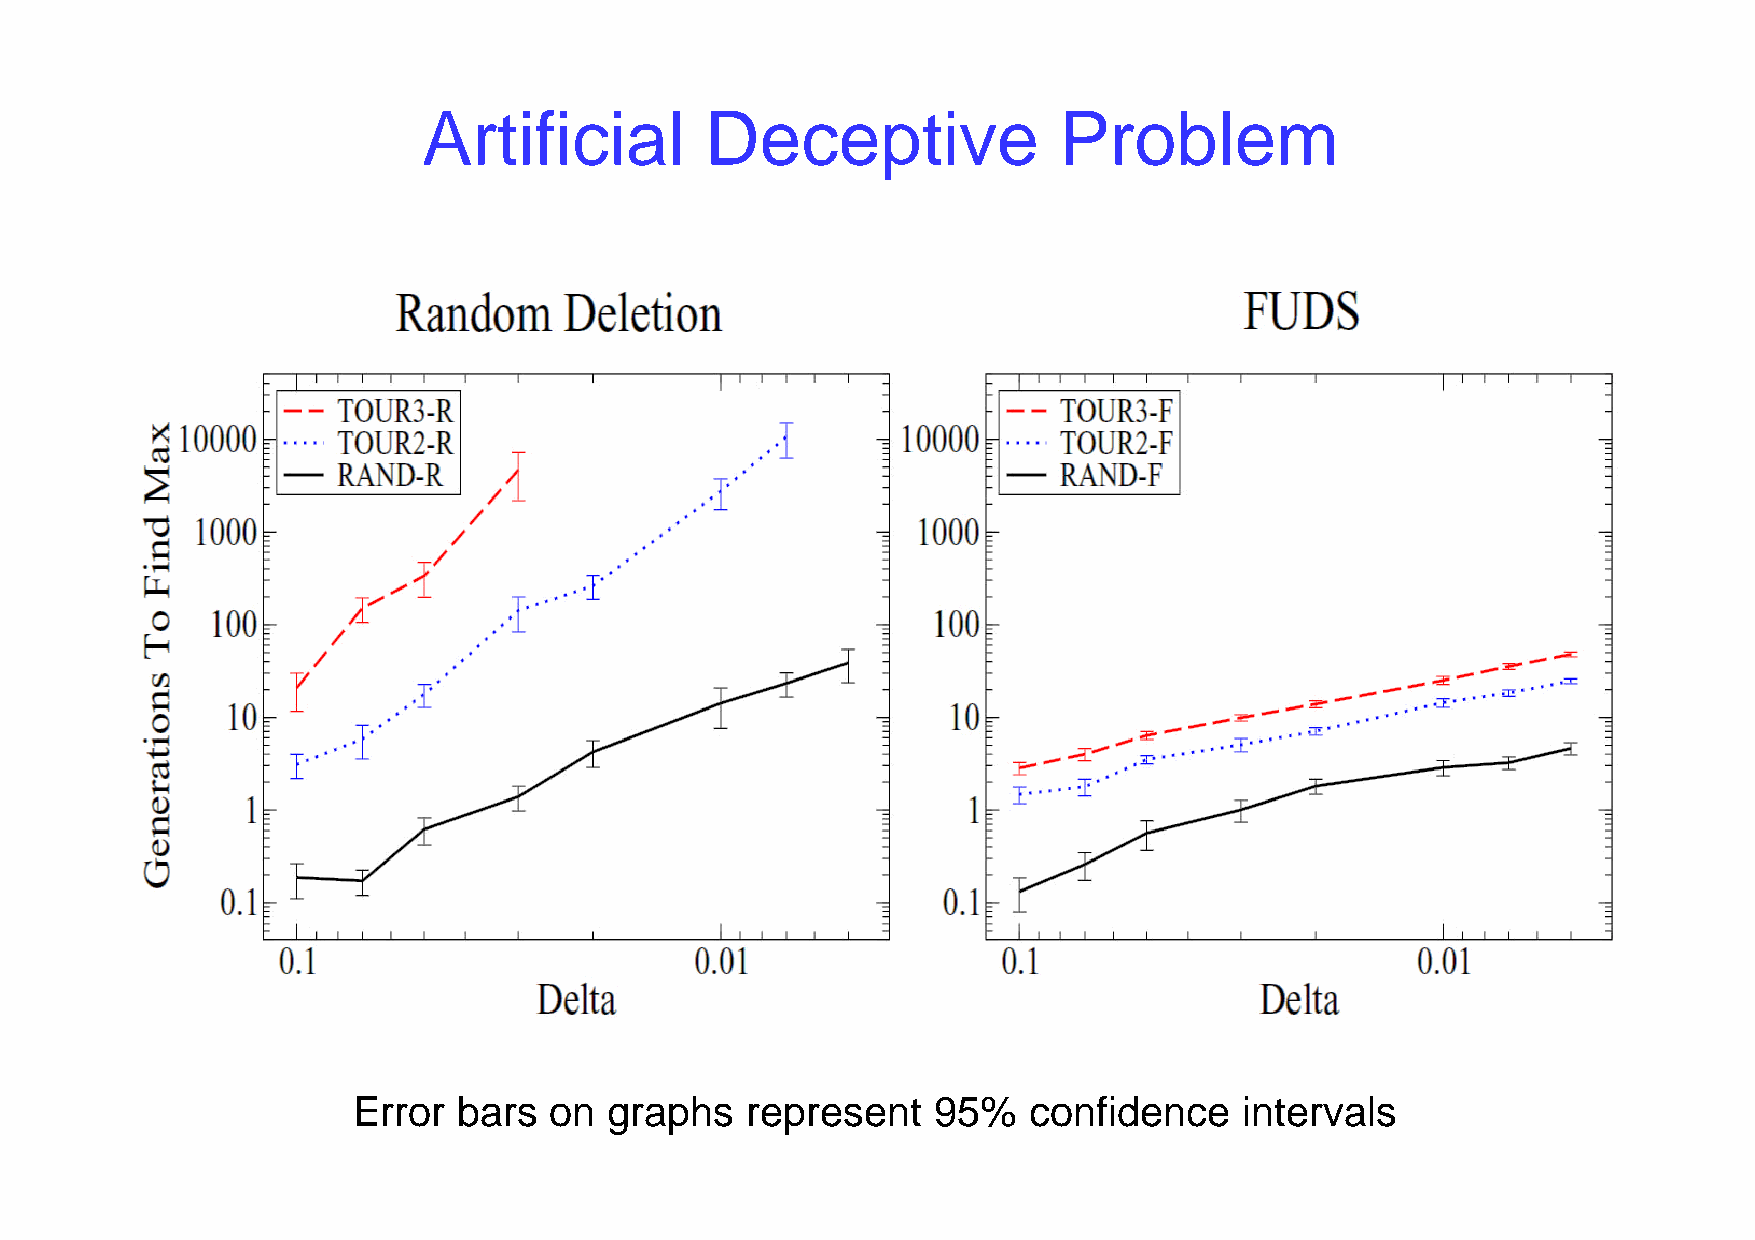
Artificial         Deceptive              Problem
 Error  bars  on  graphs   represent    95%   confidence    intervals